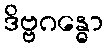
ဒိဗ္ဗဂန္ဓော